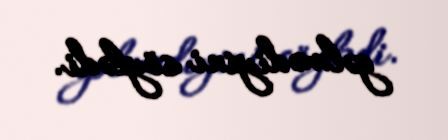
gəlmədiyini söylədi.